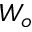
W _ { o }